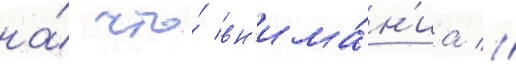
на́ что́ вн'има́н'иа //